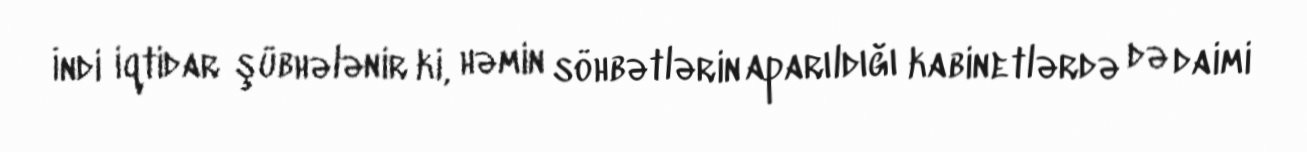
İndi iqtidar şübhələnir ki, həmin söhbətlərin aparıldığı kabinetlərdə də daimi